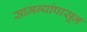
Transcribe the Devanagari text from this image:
सामन्यांपासून